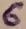
Text: 6